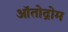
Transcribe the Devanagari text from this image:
ऑतोद्रोम